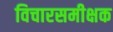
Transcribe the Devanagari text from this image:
विचारसमीक्षक